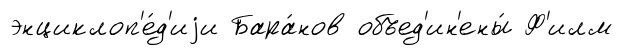
энциклоп'е́д'иjи Бара́нов объед'ин'ены́ Ф'илм